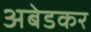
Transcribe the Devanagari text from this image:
अबेडकर